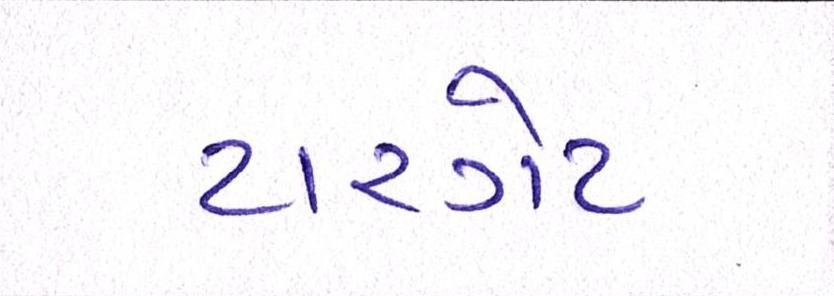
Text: ટારગેટ